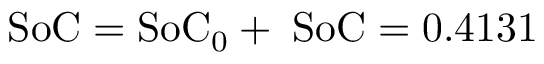
\mathrm { S o C = S o C _ { 0 } + \Delta S o C = 0 . 4 1 3 1 }